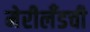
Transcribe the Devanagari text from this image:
मेरीलँडची